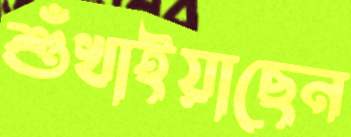
শুঁখাইয়াছেন